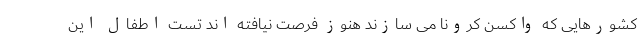
کشورهایی که واکسن کرونا می سازند هنوز فرصت نیافته اند تست اطفال این